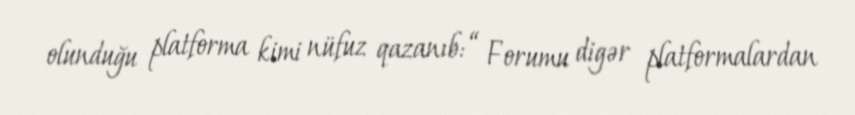
olunduğu platforma kimi nüfuz qazanıb: “ Forumu digər platformalardan